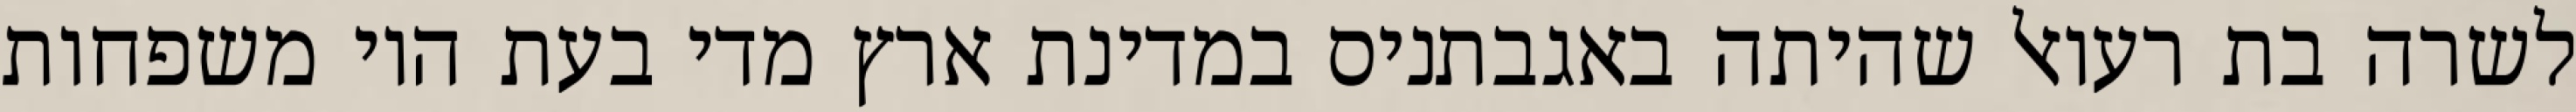
לשרה בת רעואל שהיתה באגבתניס במדינת ארץ מדי בעת היו משפחות